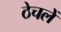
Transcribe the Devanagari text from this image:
ठेचलें